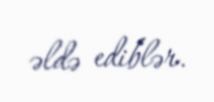
əldə ediblər.